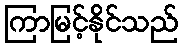
ကြာမြင့်နိုင်သည်